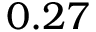
0 . 2 7